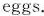
eggs.